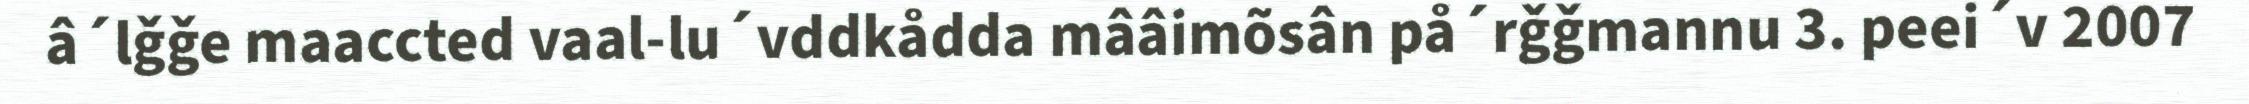
â´lǧǧe maaccted vaal-lu´vddkådda mââimõsân på´rǧǧmannu 3. peei´v 2007